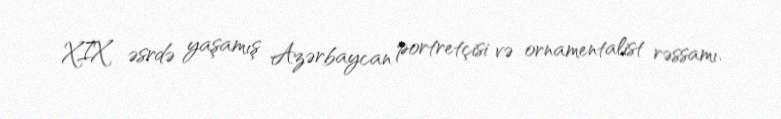
XIX əsrdə yaşamış Azərbaycan portretçisi və ornamentalist rəssamı.